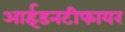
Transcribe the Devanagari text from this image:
आईडनटीफायर